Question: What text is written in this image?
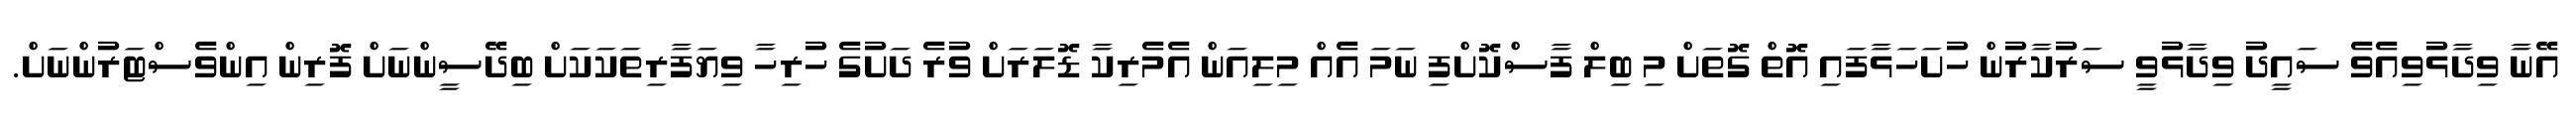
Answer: އޭނާ ވިދާޅުވިއެވެ ސައީދު ވިދާޅުވީ ސަރުކާރުން ހުށަހަޅާފައި އޮތް ގޮތަށް މި ބިލް ފާސްކޮށްފި ނަމަ އެއް މިލިއަން އެމެރިކާ ޑޮލަރަށް ވުރެ ދަށުގެ ހުރިހާ ވިޔަފާރިތަކަކަށް ބިދޭސީންނަށް ފޮރިން އިންވެސްޓަރުންނަށް.